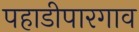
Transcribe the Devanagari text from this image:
पहाडीपारगाव